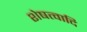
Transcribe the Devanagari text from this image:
शेषत्वादि